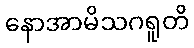
နောအာမိသဂရူတိ